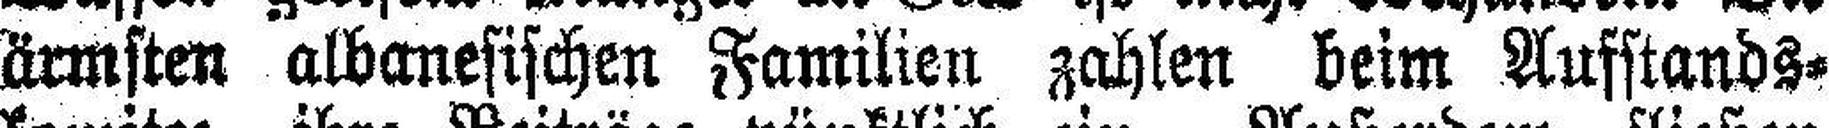
ärmsten albanesischen Familien zahlen beim Aufstands¬